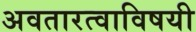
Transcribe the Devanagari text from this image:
अवतारत्वाविषयी